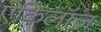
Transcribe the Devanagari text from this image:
एंकिलॉज़